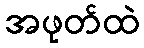
အဖုတ်ထဲ